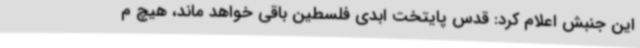
این جنبش اعلام کرد: قدس پایتخت ابدی فلسطین باقی خواهد ماند، هیچ م